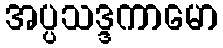
အပ္ပသဒ္ဒကာမော